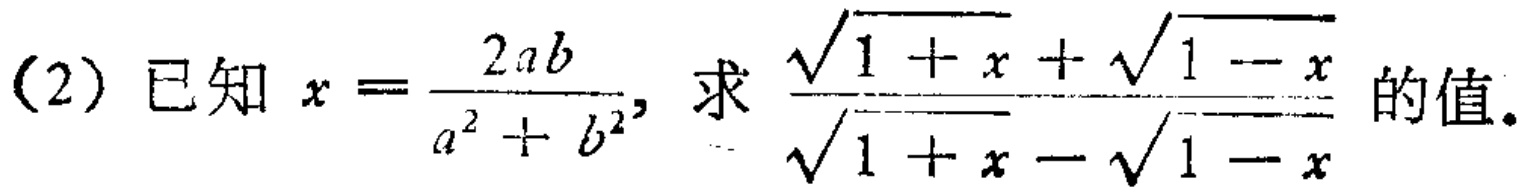
(2) 已知 \(x = \frac{2ab}{a^{2}+b^{2}}\)，求 \(\frac{\sqrt{1 + x}+\sqrt{1 - x}}{\sqrt{1 + x}-\sqrt{1 - x}}\) 的值。